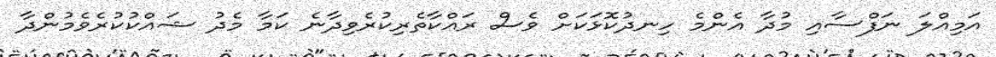
އަމިއްލަ ނަފްސާއި މުދާ އެންމެ ހިނދުކޮޅަކަށް ވެސް ރައްކާތެރިކުރެވިދާނެ ކަމާ މެދު ޝައްކުކުރެވެމުންދާ